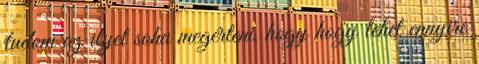
tudom az ilyet soha megérteni, hogy hogy lehet ennyire